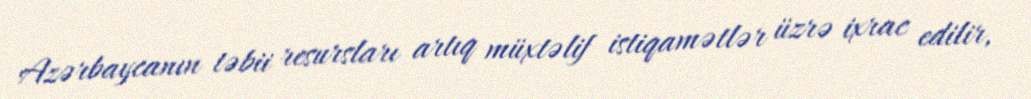
Azərbaycanın təbii resursları artıq müxtəlif istiqamətlər üzrə ixrac edilir,